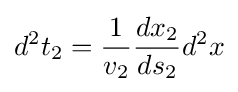
d^{2}t_{2}={\frac {1}{v_{2}}}{\frac {dx_{2}}{ds_{2}}}d^{2}x